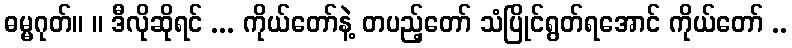
ဓမ္မဂုတ်။ ။ ဒီလိုဆိုရင် ... ကိုယ်တော်နဲ့ တပည့်တော် သံပြိုင်ရွတ်ရအောင် ကိုယ်တော် ..